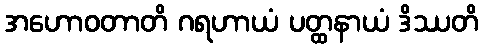
အဟောဝတာတိ ဂရဟာယံ ပတ္ထနာယံ ဒိဿတိ